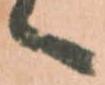
へ